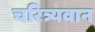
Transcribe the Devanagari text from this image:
चरित्र्यवान